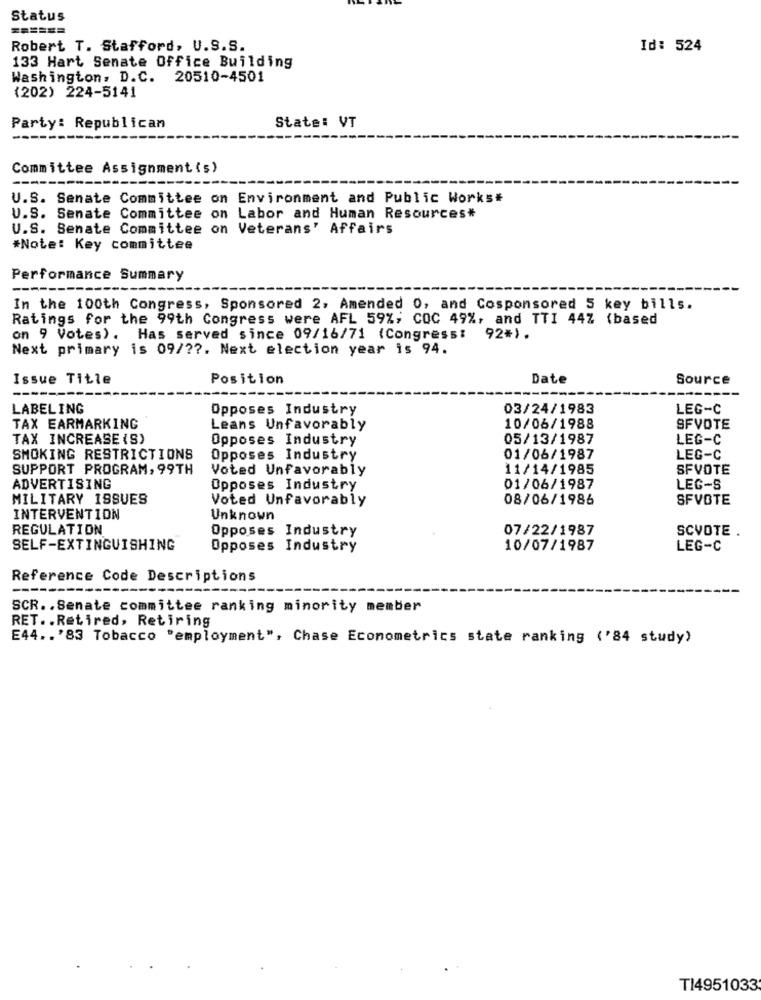
Status
Robert T. Stafford, U.S.S.
Id: 524
133 Hart Senate Office Building
Washington, D.C. 20510-4501
(202) 224-5141
Party: Republican
State: VT
Committee Assignment(s)
U.S. Senate Committee on Environment and Public Works*
U.S.
Senate Committee on Labor and Human Resources*
U.S. Senate Committee on Veterans' Affairs
#Note: Key committee
Performance Summary
In the 100th Congress, Sponsored 2, Amended 0, and Cosponsored 5 key bills.
Ratings for the 99th Congress were AFL 59%; COC 49%, and TTI 44% (based
on 9 Votes). Has served since 09/16/71 (Congress: 92#).
Next primary is 09/ ??. Next election year is 94.
Issue Title
Position
Date
Source
LABELING
Opposes Industry
03/24/1983
LEG-C
10/06/1988
TAX EARMARKING
Leans Unfavorably
SFVOTE
TAX INCREASE (S)
Opposes Industry
05/13/1987
LEG-C
SMOKING RESTRICTIONS
Opposes Industry
01/06/1987
LEG-C
SUPPORT PROGRAM, 99TH
Voted Unfavorably
11/14/1985
SFVOTE
ADVERTISING
Opposes Industry
01/06/1987
LEG-S
MILITARY 18SVES
Voted Unfavorably
08/06/1986
SFVOTE
INTERVENTION
Unknown
REGULATION
Opposes Industry
07/22/1987
SCVOTE .
SELF-EXTINGUISHING
Opposes Industry
10/07/1987
LEG-C
Reference Code Descriptions
----
----
SCR .. Senate committee ranking minority member
RET .. Retired, Retiring
E44 .. '83 Tobacco "employment", Chase Econometrics state ranking ('84 study)
T14951033